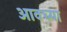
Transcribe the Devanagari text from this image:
आवघ्या